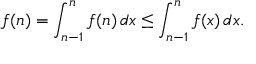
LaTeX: f ( n ) = \int _ { n - 1 } ^ { n } f ( n ) \, d x \leq \int _ { n - 1 } ^ { n } f ( x ) \, d x .